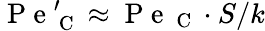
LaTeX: \mathrm{~P~e~}_{\mathrm{~C~}}^{\prime}\approx\mathrm{~P~e~}_{\mathrm{~C~}}\cdot S/k